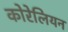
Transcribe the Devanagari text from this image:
कोरेलियन